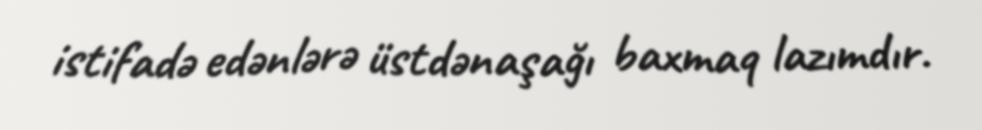
istifadə edənlərə üstdənaşağı baxmaq lazımdır.